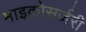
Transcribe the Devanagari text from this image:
माइक्रोसर्जरी